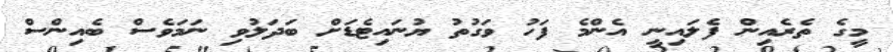
މީގެ ތެރެއިން ފެލައިނީ އެންމެ ފަހު ވަގުތު ޔުނައިޓެޑަށް ބަދަލުވި ނަމަވެސް ބެއިންސް